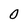
Character: 0